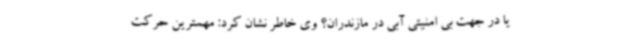
یا در جهت بی امنیتی آبی در مازندران؟ وی خاطر نشان کرد: مهمترین حرکت